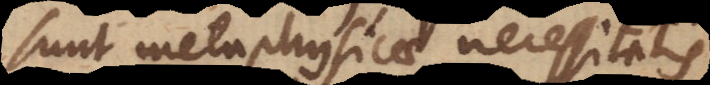
sunt metaphysicae necessitatis,